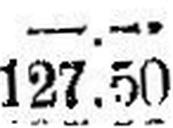
127.50